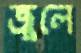
জুলে